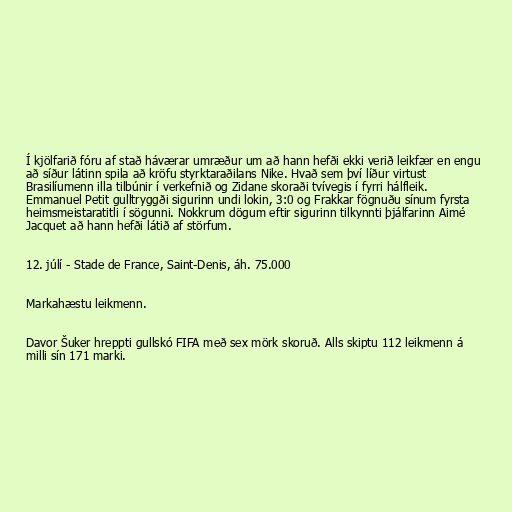
Í kjölfarið fóru af stað háværar umræður um að hann hefði ekki verið leikfær en engu
að síður látinn spila að kröfu styrktaraðilans Nike. Hvað sem því líður virtust
Brasilíumenn illa tilbúnir í verkefnið og Zidane skoraði tvívegis í fyrri hálfleik.
Emmanuel Petit gulltryggði sigurinn undi lokin, 3:0 og Frakkar fögnuðu sínum fyrsta
heimsmeistaratitli í sögunni. Nokkrum dögum eftir sigurinn tilkynnti þjálfarinn Aimé
Jacquet að hann hefði látið af störfum.

12. júlí - Stade de France, Saint-Denis, áh. 75.000

Markahæstu leikmenn.

Davor Šuker hreppti gullskó FIFA með sex mörk skoruð. Alls skiptu 112 leikmenn á
milli sín 171 marki.